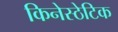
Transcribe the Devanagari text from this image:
किनेस्ठेटिक